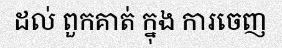
ដល់ ពួកគាត់ ក្នុង ការចេញ